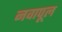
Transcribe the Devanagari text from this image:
नवापूल